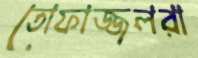
তোফাজ্জলরা